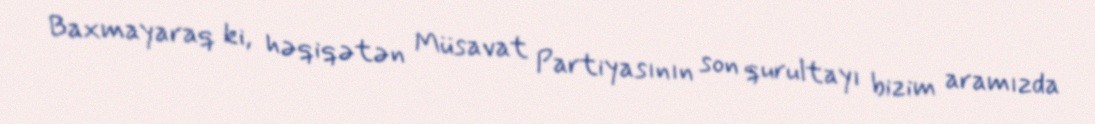
Baxmayaraq ki, həqiqətən Müsavat Partiyasının son qurultayı bizim aramızda